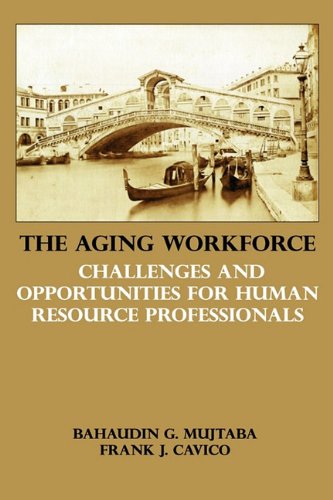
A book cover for The Aging Workforce: Challenges and Opportunities for Human Resource Professionals; Bahaudin G. Mujtaba; Law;